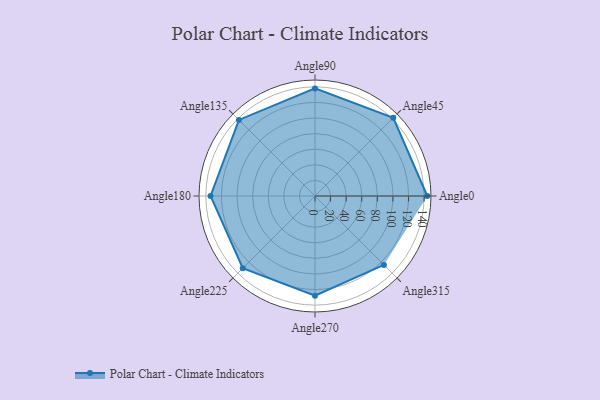
{"axis": {"x": "Angle", "y": "Radius"}, "legend": [""], "data": [{"x": "Angle0", "y": 144.0, "type": ""}, {"x": "Angle45", "y": 142.0, "type": ""}, {"x": "Angle90", "y": 138.0, "type": ""}, {"x": "Angle135", "y": 138.0, "type": ""}, {"x": "Angle180", "y": 134.0, "type": ""}, {"x": "Angle225", "y": 131.0, "type": ""}, {"x": "Angle270", "y": 128.0, "type": ""}, {"x": "Angle315", "y": 125.0, "type": ""}]}